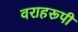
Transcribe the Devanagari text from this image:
वराहरूपी